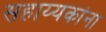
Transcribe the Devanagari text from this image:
सहाय्यकांना